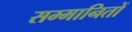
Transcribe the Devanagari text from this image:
सम्मानितों